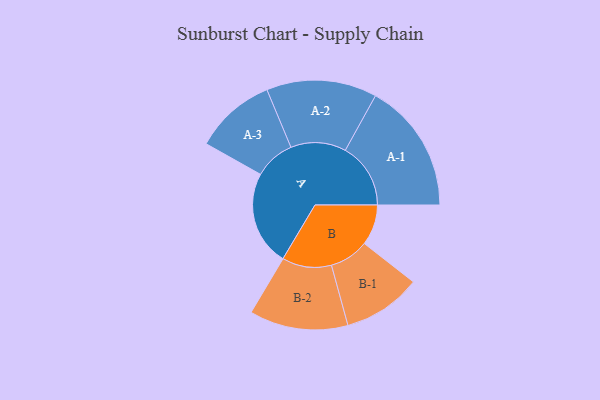
{"axis": {"x": "Segment", "y": "Value"}, "legend": ["", "A", "B"], "data": [{"x": "A", "y": 338, "type": ""}, {"x": "B", "y": 145, "type": ""}, {"x": "A-1", "y": 233, "type": "A"}, {"x": "A-2", "y": 197, "type": "A"}, {"x": "A-3", "y": 145, "type": "A"}, {"x": "B-1", "y": 140, "type": "B"}, {"x": "B-2", "y": 176, "type": "B"}]}